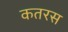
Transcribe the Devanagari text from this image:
कतरस